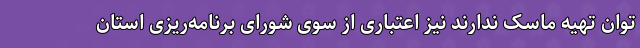
توان تهیه ماسک ندارند نیز اعتباری از سوی شورای برنامه‌ریزی استان